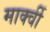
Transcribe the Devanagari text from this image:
मार्क्वी